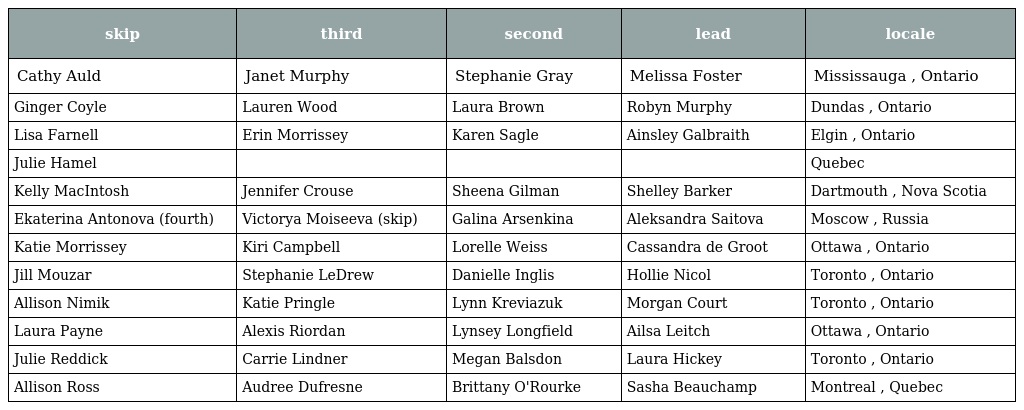
| skip | third | second | lead | locale |
 | --- | --- | --- | --- | --- |
 | Cathy Auld | Janet Murphy | Stephanie Gray | Melissa Foster | Mississauga , Ontario |
 | Ginger Coyle | Lauren Wood | Laura Brown | Robyn Murphy | Dundas , Ontario |
 | Lisa Farnell | Erin Morrissey | Karen Sagle | Ainsley Galbraith | Elgin , Ontario |
 | Julie Hamel |  |  |  | Quebec |
 | Kelly MacIntosh | Jennifer Crouse | Sheena Gilman | Shelley Barker | Dartmouth , Nova Scotia |
 | Ekaterina Antonova (fourth) | Victorya Moiseeva (skip) | Galina Arsenkina | Aleksandra Saitova | Moscow , Russia |
 | Katie Morrissey | Kiri Campbell | Lorelle Weiss | Cassandra de Groot | Ottawa , Ontario |
 | Jill Mouzar | Stephanie LeDrew | Danielle Inglis | Hollie Nicol | Toronto , Ontario |
 | Allison Nimik | Katie Pringle | Lynn Kreviazuk | Morgan Court | Toronto , Ontario |
 | Laura Payne | Alexis Riordan | Lynsey Longfield | Ailsa Leitch | Ottawa , Ontario |
 | Julie Reddick | Carrie Lindner | Megan Balsdon | Laura Hickey | Toronto , Ontario |
 | Allison Ross | Audree Dufresne | Brittany O'Rourke | Sasha Beauchamp | Montreal , Quebec |